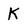
Character: K